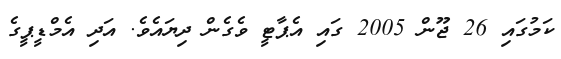
ކަމުގައި 26 ޖޫން 2005 ގައި އެޕާޓީ ވެގެން ދިޔައެވެ. އަދި އެމްޑީޕީގެ